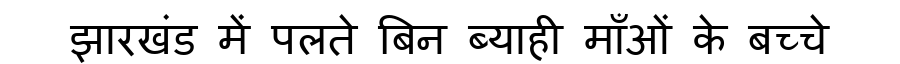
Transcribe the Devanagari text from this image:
झारखंड में पलते बिन ब्याही माँओं के बच्चे